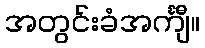
အတွင်းခံအင်္ကျီ။